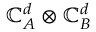
\mathbb { C } _ { A } ^ { d } \otimes \mathbb { C } _ { B } ^ { d }